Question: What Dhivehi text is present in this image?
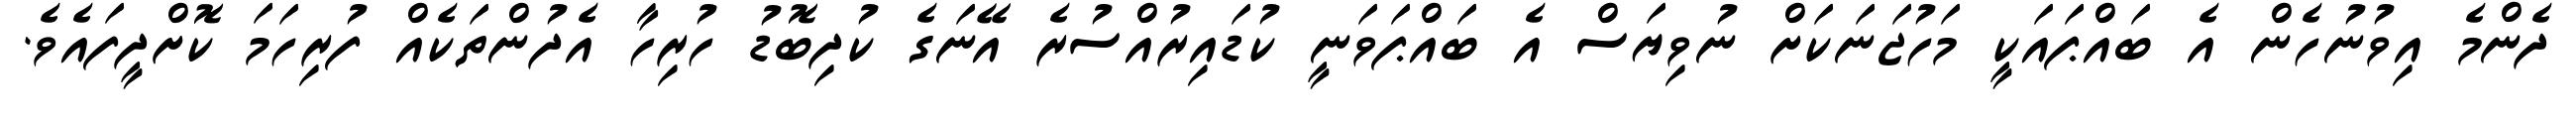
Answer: ދެންމެ އިވުނުހެން އެ ބައްޕައަކީ މަހުޖަނަކަށް ނުވިޔަސް އެ ބައްޕަވަނީ ކުޑައިރުއްސުރެ އޭނަގެ ކުދިބޮޑު ހުރިހާ އެދުންތަކެއް ފުރިހަމަ ކޮށްދީފައެވެ.